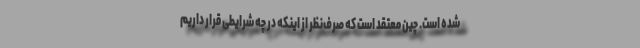
شده است. چین معتقد است که صرف‌نظر از اینکه در چه شرایطی قرار داریم